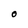
Character: O